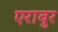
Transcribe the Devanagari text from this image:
एरावुर